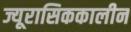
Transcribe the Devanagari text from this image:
ज्यूरासिककालीन